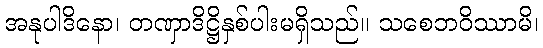
အနုပါဒိနော၊ တဏှာဒိဋ္ဌိနှစ်ပါးမရှိသည်။ သစေဘဝိဿာမိ၊